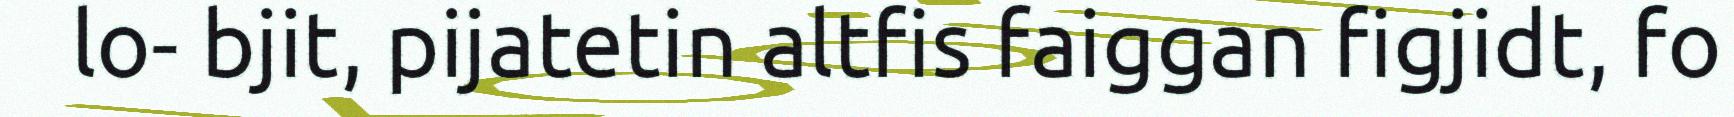
lo- bjit, pijatetin altfis faiggan figjidt, fo